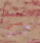
والطريق